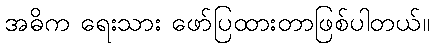
အဓိက ရေးသား ဖော်ပြထားတာဖြစ်ပါတယ်။